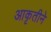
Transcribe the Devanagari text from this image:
आकृतीने